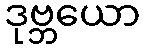
ဒုဗ္ဘယော